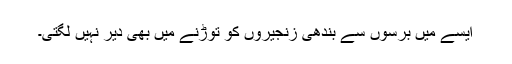
ایسے میں برسوں سے بندھی زنجیروں کو توڑنے میں بھی دیر نہیں لگتی۔